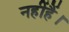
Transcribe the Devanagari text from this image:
नहींहैं।